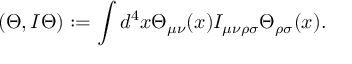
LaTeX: ( \Theta , I \Theta ) : = \int d ^ { 4 } x \Theta _ { \mu \nu } ( x ) I _ { \mu \nu \rho \sigma } \Theta _ { \rho \sigma } ( x ) .